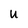
Character: U